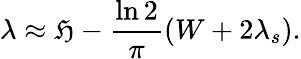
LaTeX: \lambda\approx\mathfrak{H}-\frac{{\ln2}}{{\pi}}(W+2\lambda_{s}).